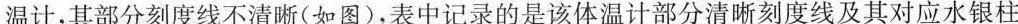
温计，其部分刻度线不清晰(如图)，表中记录的是该体温计部分清晰刻度线及其对应水银柱